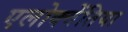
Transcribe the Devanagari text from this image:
एलोक्वेंतिया